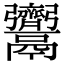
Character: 𩱳